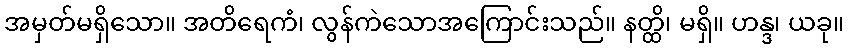
အမှတ်မရှိသော။ အတိရေကံ၊ လွန်ကဲသောအကြောင်းသည်။ နတ္ထိ၊ မရှိ။ ဟန္ဒ၊ ယခု။